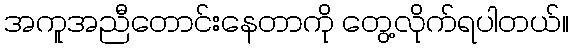
အကူအညီတောင်းနေတာကို တွေ့လိုက်ရပါတယ်။